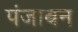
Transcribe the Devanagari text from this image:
पंजाबन